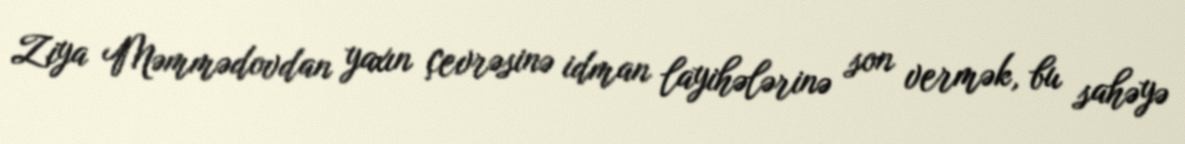
Ziya Məmmədovdan yaxın çevrəsinə idman layihələrinə son vermək, bu sahəyə